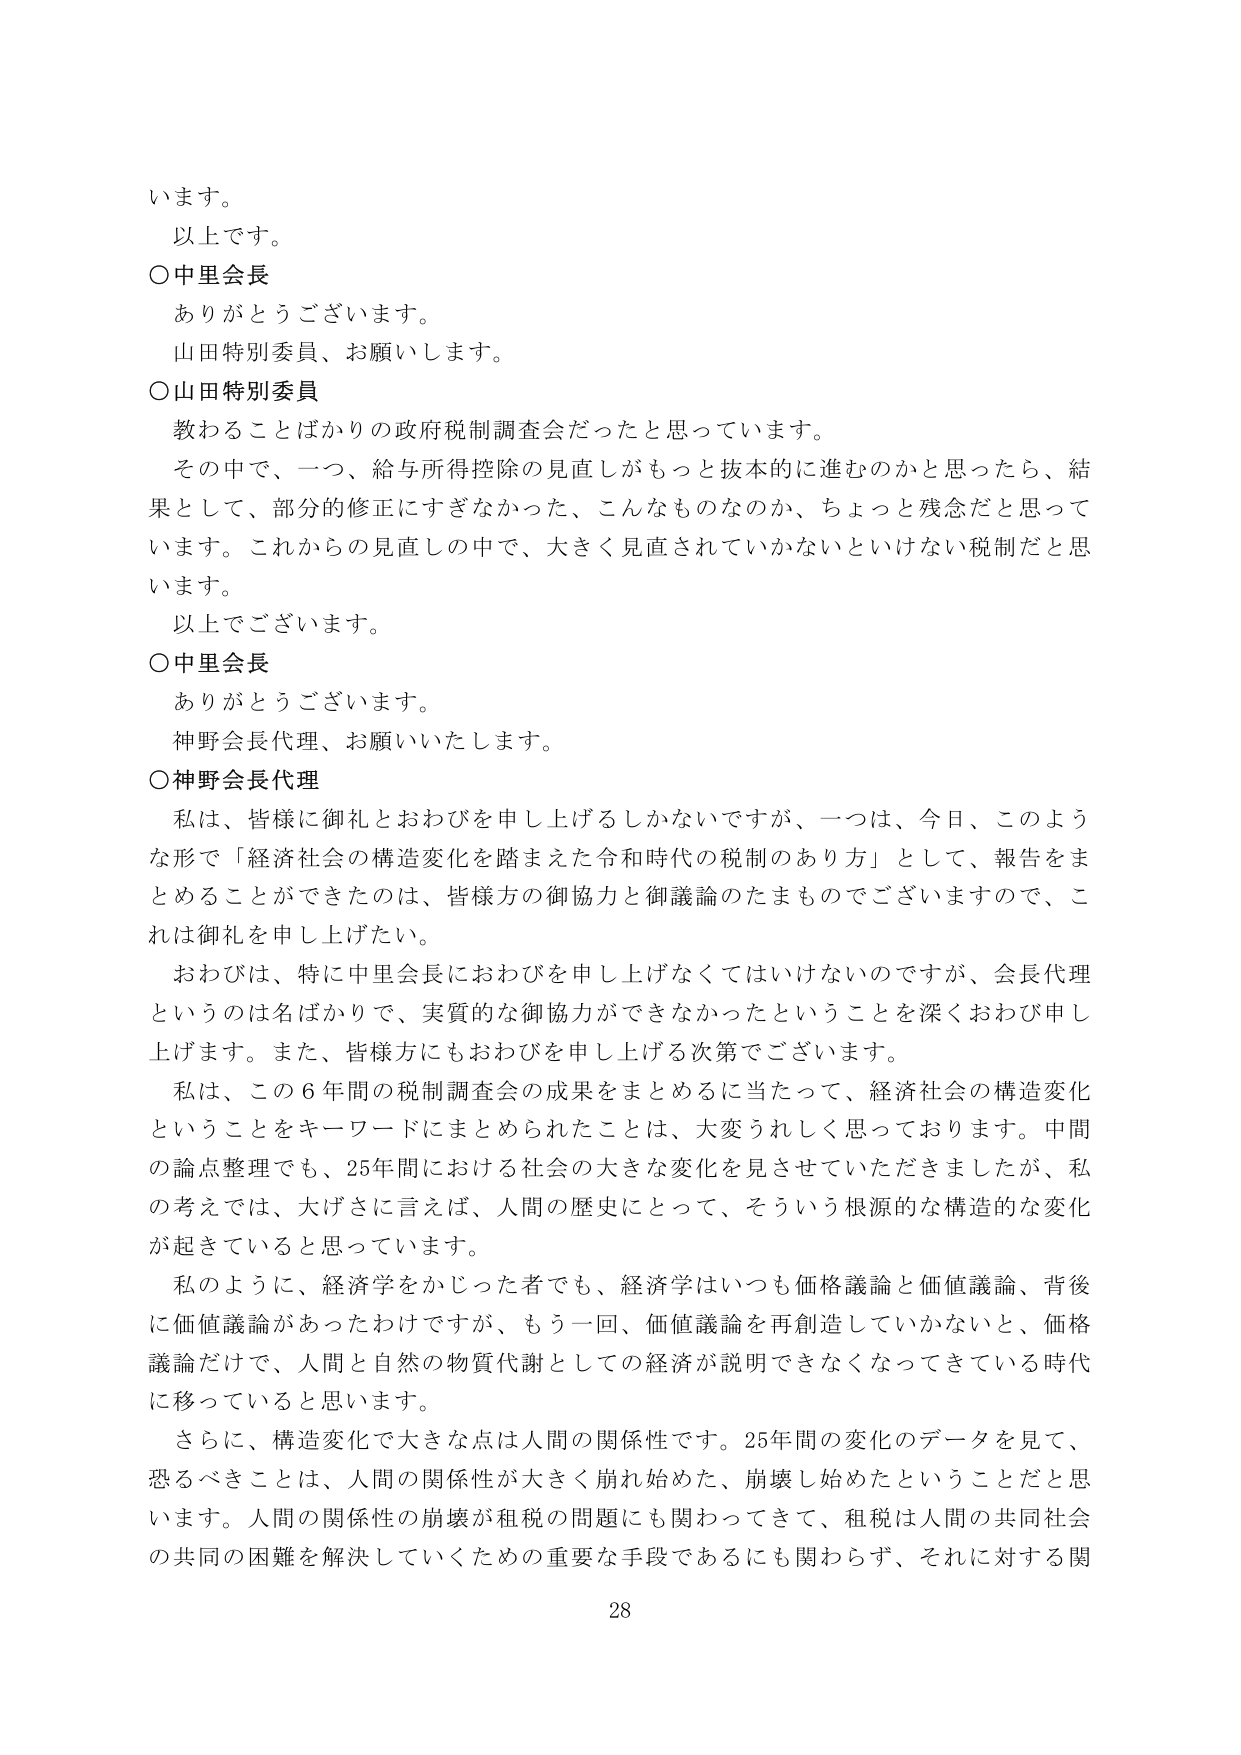
います。
以上です。
○中里会長
ありがとうございます。
山田特別委員、お願いします。
○山田特別委員
教わることばかりの政府税制調査会だったと思っています。
その中で、一つ、給与所得控除の見直しがもっと抜本的に進むのかと思ったら、結果として、部分的修正にすぎなかった、こんなものなのか、ちょっと残念だと思っています。これからの見直しの中で、大きく見直されていかないといけない税制だと思います。
以上でございます。
○中里会長
ありがとうございます。
神野会長代理、お願いいたします。
○神野会長代理
私は、皆様に御礼とおわびを申し上げるしかないですが、一つは、今日、このような形で「経済社会の構造変化を踏まえた令和時代の税制のあり方」として、報告をまとめることができたのは、皆様方の御協力と御議論のたまものでございますので、これは御礼を申し上げたい。
おわびは、特に中里会長におわびを申し上げなくてはいけないのですが、会長代理というのは名ばかりで、実質的な御協力ができなかったということを深くおわび申し上げます。また、皆様方にもおわびを申し上げる次第でございます。
私は、この６年間の税制調査会の成果をまとめるに当たって、経済社会の構造変化ということをキーワードにまとめられたことは、大変うれしく思っております。中間の論点整理でも、25年間における社会の大きな変化を見させていただきましたが、私の考えでは、大げさに言えば、人間の歴史にとって、そういう根源的な構造的な変化が起きていると思っています。
私のように、経済学をかじった者でも、経済学はいつも価格議論と価値議論、背後に価値議論があったわけですが、もう一回、価値議論を再創造していかないと、価格議論だけで、人間と自然の物質代謝としての経済が説明できなくなってきたている時代に移っていると思います。
さらに、構造変化で大きな点は人間の関係性です。25年間の変化のデータを見て、恐るべきことは、人間の関係性が大きく崩れ始めた、崩壊し始めたということだと思います。人間の関係性の崩壊が租税の問題にも関わってきて、租税は人間の共同社会の共同の困難を解決していくための重要な手段であるにも関わらず、それに対する関
28